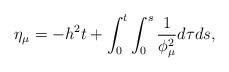
LaTeX: \begin{align*}\eta_{\mu}=-h^{2}t+\int_{0}^{t}\int_{0}^{s}\frac{1}{\phi_{\mu}^{2}}d\tau ds,\end{align*}